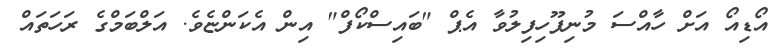
އޯޑިއޯ އަށް ހާއްސަ މުނިފޫހިފިލުވާ އެޕް "ބައިސްކޯފް" އިން އެކަންޏެވެ. އަލްބަމްގެ ރަހަތައް